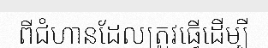
ពីជំហានដែលត្រូវធ្វើដើម្បី